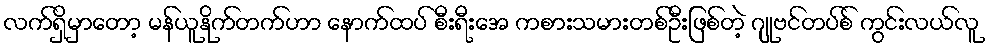
လက်ရှိမှာတော့ မန်ယူနိုက်တက်ဟာ နောက်ထပ် စီးရီးအေ ကစားသမားတစ်ဦးဖြစ်တဲ့ ဂျုဗင်တပ်စ် ကွင်းလယ်လူ